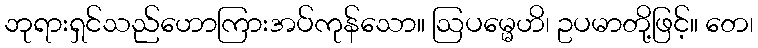
ဘုရားရှင်သည်ဟောကြားအပ်ကုန်သော။ ဩပမ္မေဟိ၊ ဥပမာတို့ဖြင့်။ တေ၊